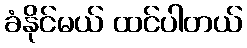
ခံနိုင်မယ် ထင်ပါတယ်